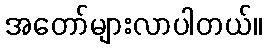
အတော်များလာပါတယ်။